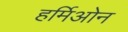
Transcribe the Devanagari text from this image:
हर्मिओन